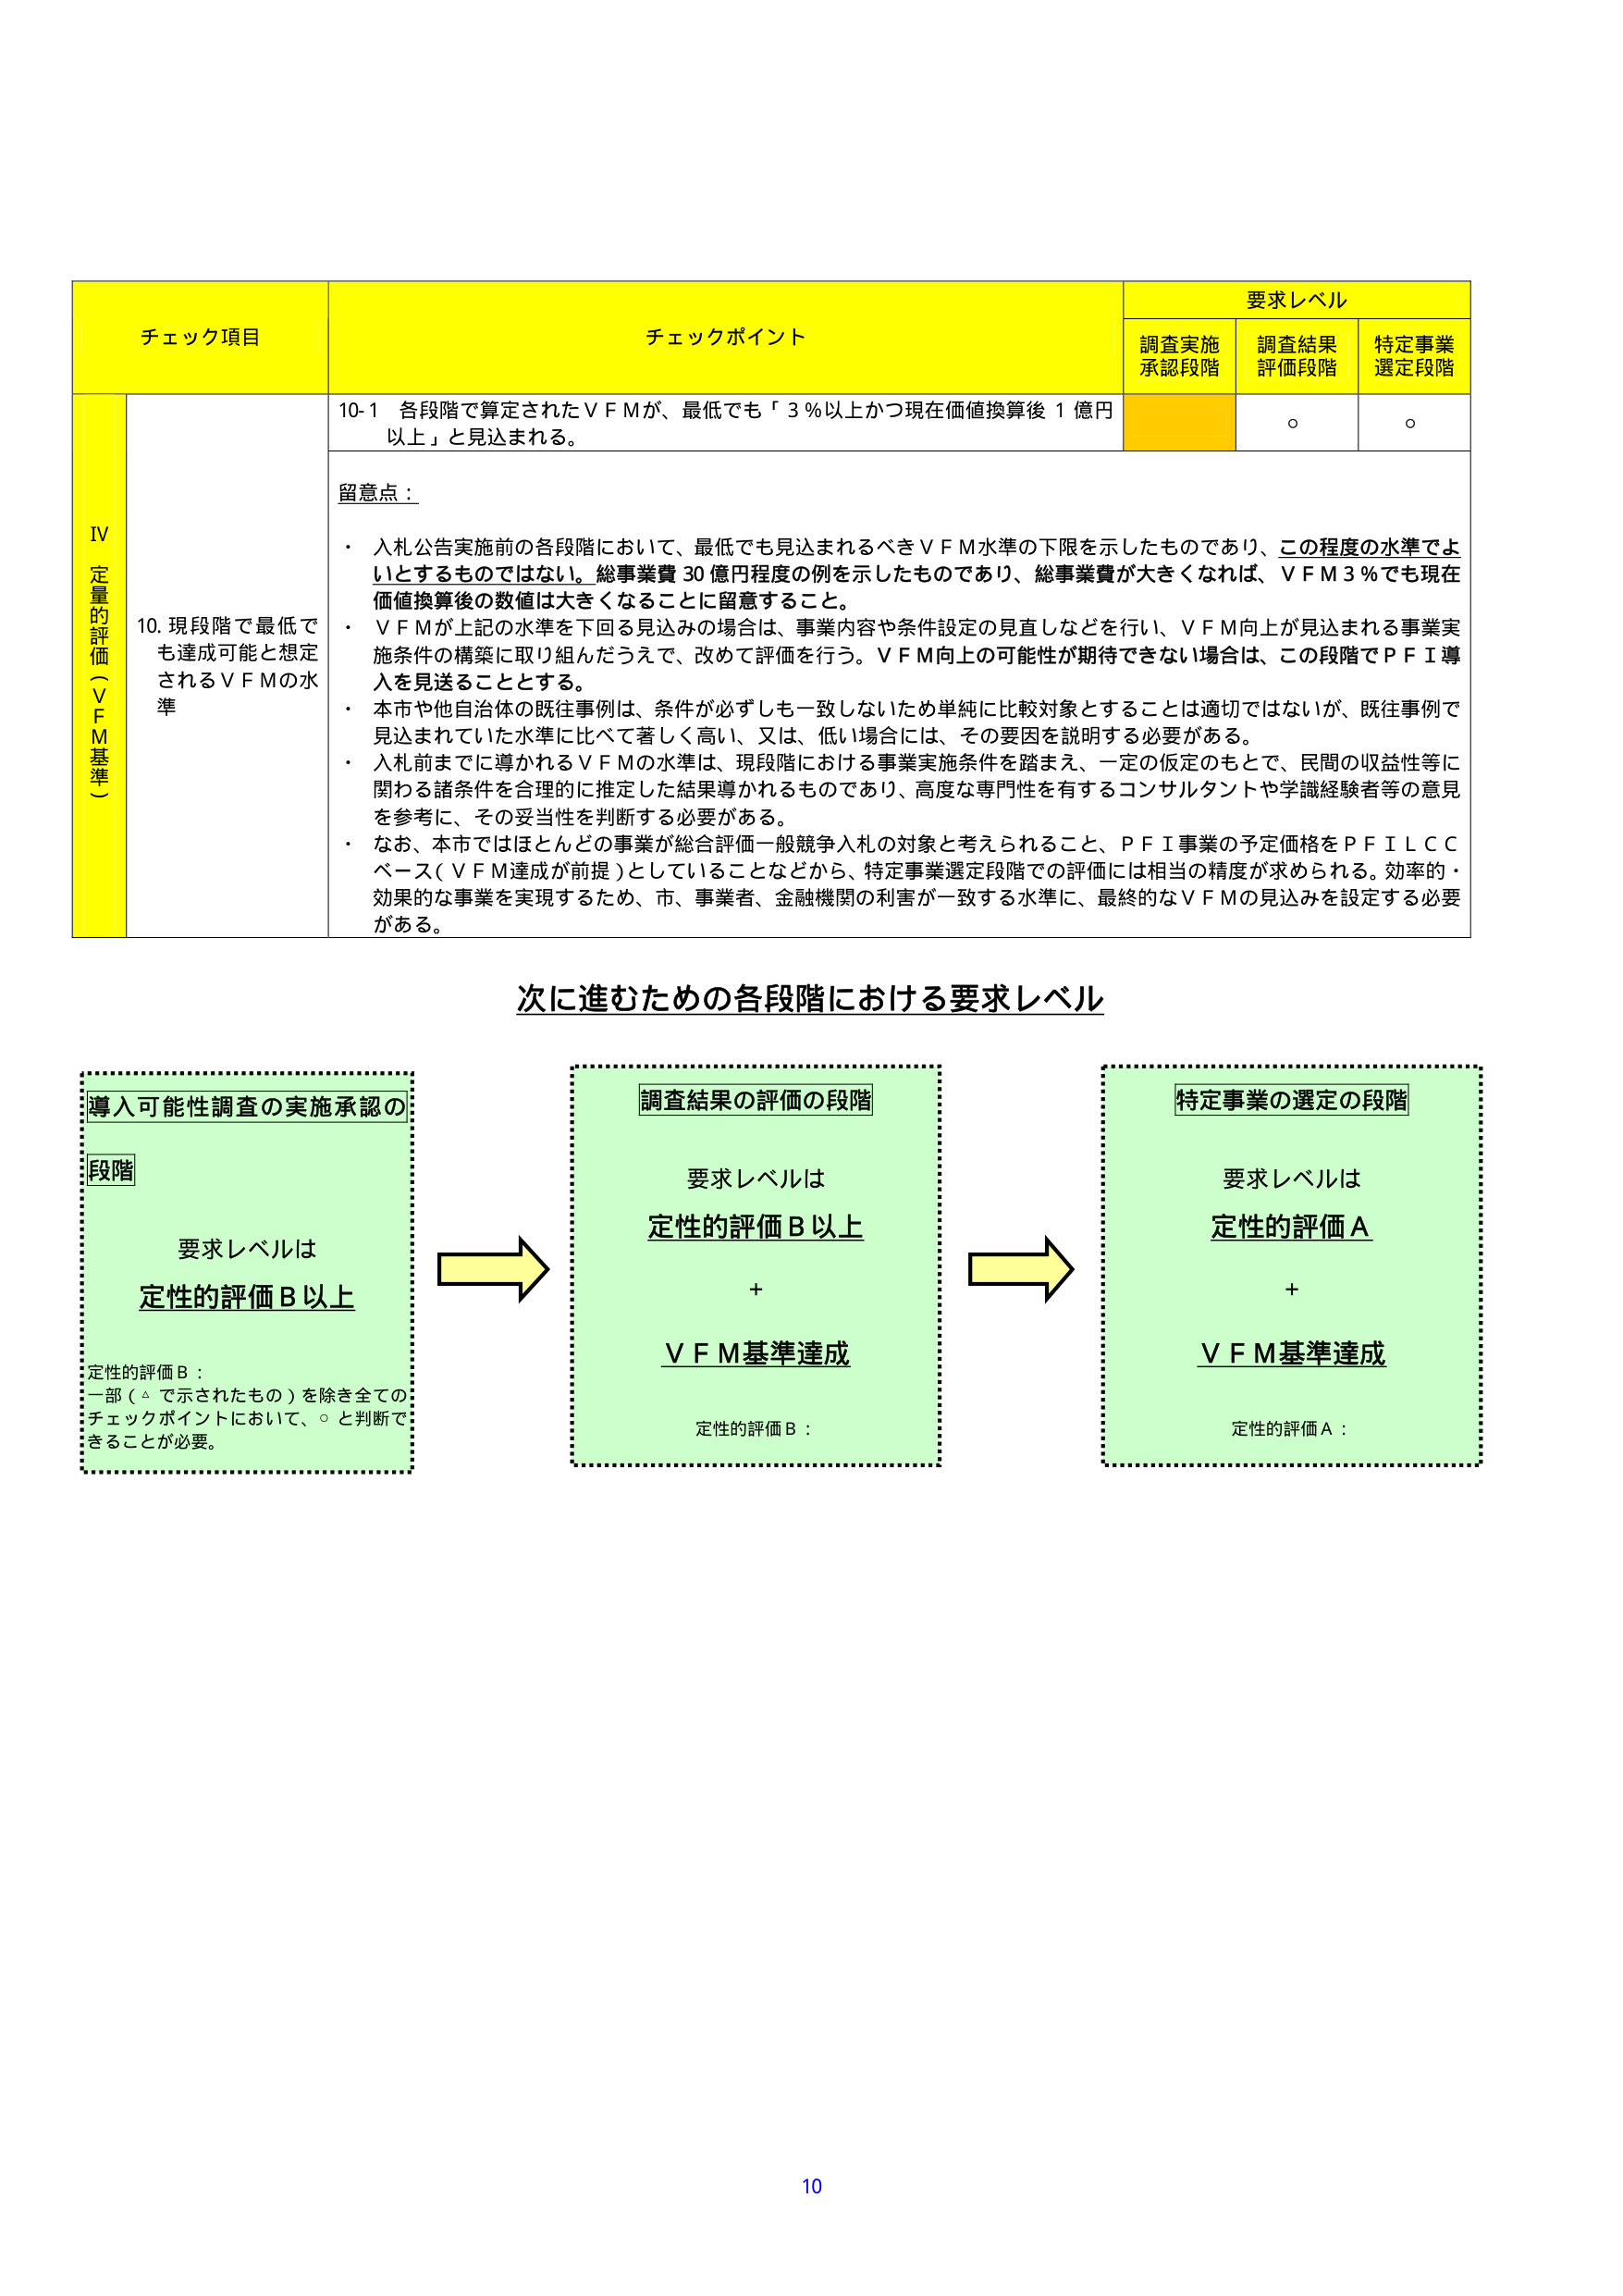
チェック項目 チェックポイント 要求レベル 調査実施承認段階 調査結果評価段階 特定事業選定段階 IV 定量的評価（ＶＦＭ基準） 10. 現段階で最低でも達成可能と想定されるＶＦＭの水準 10-1 各段階で算定されたＶＦＭが、最低でも「３％以上かつ現在価値換算後１億円以上」と見込まれる。 ○ ○ 留意点： ・ 入札公告実施前の各段階において、最低でも見込まれるべきＶＦＭ水準の下限を示したものであり、この程度の水準でよいとするものではない。総事業費30億円程度の例を示したものであり、総事業費が大きくなれば、ＶＦＭ3％でも現在価値換算後の数値は大きくなることに留意すること。 ・ ＶＦＭが上記の水準を下回る見込みの場合は、事業内容や条件設定の見直しなどを行い、ＶＦＭ向上が見込まれる事業実施条件の構築に取り組んだうえで、改めて評価を行う。ＶＦＭ向上の可能性が期待できない場合は、この段階でＰＦＩ導入を見送ることとする。 ・ 本市や他自治体の既往事例は、条件が必ずしも一致しないため単純に比較対象とすることは適切ではないが、既往事例で見込まれていた水準に比べて著しく高い、又は、低い場合には、その要因を説明する必要がある。 ・ 入札前までに導かれるＶＦＭの水準は、現段階における事業実施条件を踏まえ、一定の仮定のもとで、民間の収益性等に関わる諸条件を合理的に推定した結果導かれるものであり、高度な専門性を有するコンサルタントや学識経験者等の意見を参考に、その妥当性を判断する必要がある。 ・ なお、本市ではほとんどの事業が総合評価一般競争入札の対象と考えられること、ＰＦＩ事業の予定価格をＰＦＩＬＣＣベース（ＶＦＭ達成が前提）としていることなどから、特定事業選定段階での評価には相当の精度が求められる。効率的・効果的な事業を実現するため、市、事業者、金融機関の利害が一致する水準に、最終的なＶＦＭの見込みを設定する必要がある。 次に進むための各段階における要求レベル 導入可能性調査の実施承認の段階 要求レベルは 定性的評価Ｂ以上 定性的評価Ｂ： 一部（△で示されたもの）を除き全てのチェックポイントにおいて、○と判断できることが必要。 調査結果の評価の段階 要求レベルは 定性的評価Ｂ以上 + ＶＦＭ基準達成 定性的評価Ｂ： 特定事業の選定の段階 要求レベルは 定性的評価Ａ + ＶＦＭ基準達成 定性的評価Ａ： 10